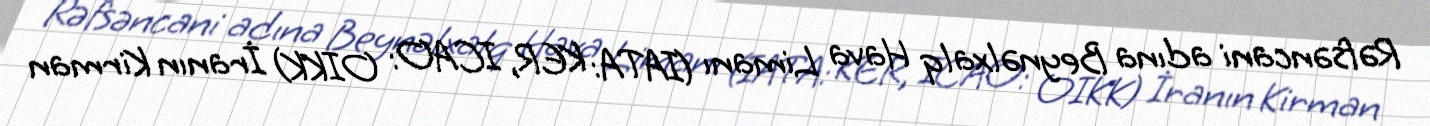
Rəfsəncani adına Beynəlxalq Hava Limanı (IATA: KER, ICAO: OIKK) İranın Kirman